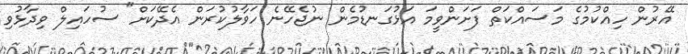
އޭރުން ހިއްކުމުގެ މަސައްކަތް ފަށަންވީމަ އަޅުގަނޑުމެން ނުޖެހޭނެ ހަވާލުކުރަން އެދޭކަށް" ސުހައިލް ވިދާޅުވި